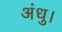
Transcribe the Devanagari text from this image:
अंधु।